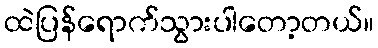
ထဲပြန်ရောက်သွားပါတော့တယ်။